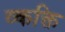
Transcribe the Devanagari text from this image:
व्कक्ति